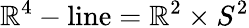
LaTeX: \mathbb{R}^{4}-\mathrm{line}=\mathbb{R}^{2}\times S^{2}